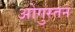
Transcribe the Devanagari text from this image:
ओगुस्तन